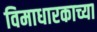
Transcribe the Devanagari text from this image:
विमाधारकाच्या